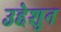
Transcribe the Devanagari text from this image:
उद्देशुन